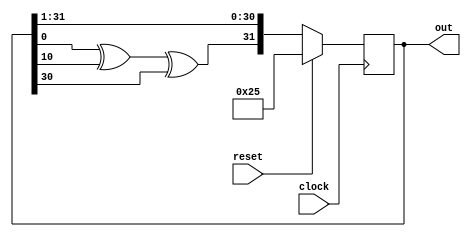
module lfsr(clock, reset, out);

	input clock;
	input reset;
	
	output reg [1:32] out = 37;
	

	always @(posedge clock) begin
		if(reset) 
			out = 37;
		else
			//out = {out[16] ^ out[15] ^ out[13] ^ out[4], out[1:15]};
			out = {out[32] ^ out[22] ^ out[2], out[1:31]};
	end
	
endmodule